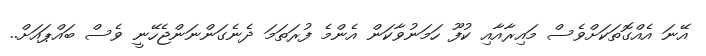
އޭނަ އެއްގޮތަކަށްވެސް މައިރާއާއި ކުފޫ ހަމަނުވާކަން އެންމެ ފުރަތަމަ ދެނެގަންނަންޖެހޭނީ ވެސް ބައްޕައަށް..